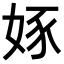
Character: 𡝍